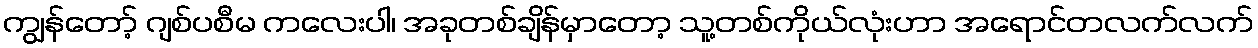
ကျွန်တော့် ဂျစ်ပစီမ ကလေးပါ၊ အခုတစ်ချိန်မှာတော့ သူ့တစ်ကိုယ်လုံးဟာ အရောင်တလက်လက်